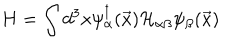
LaTeX: H = \int d ^ { 3 } x \psi _ { \alpha } ^ { \dagger } ( \vec { x } ) { \cal H } _ { \alpha \beta } \psi _ { \beta } ( \vec { x } )